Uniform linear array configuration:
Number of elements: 64
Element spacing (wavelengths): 0.75
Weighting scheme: cosine
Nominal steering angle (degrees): -60
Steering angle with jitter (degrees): -59.359
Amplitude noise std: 0.05
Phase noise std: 0.05

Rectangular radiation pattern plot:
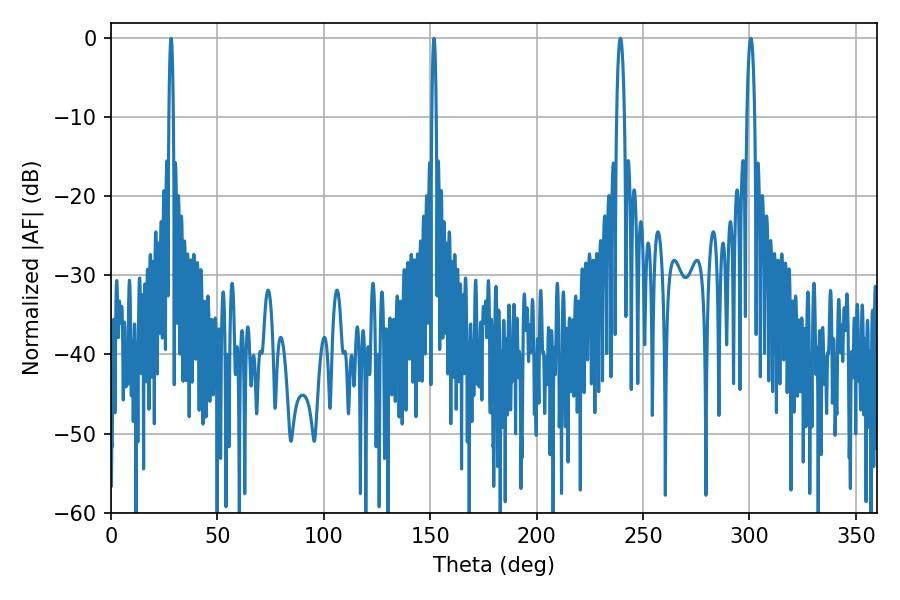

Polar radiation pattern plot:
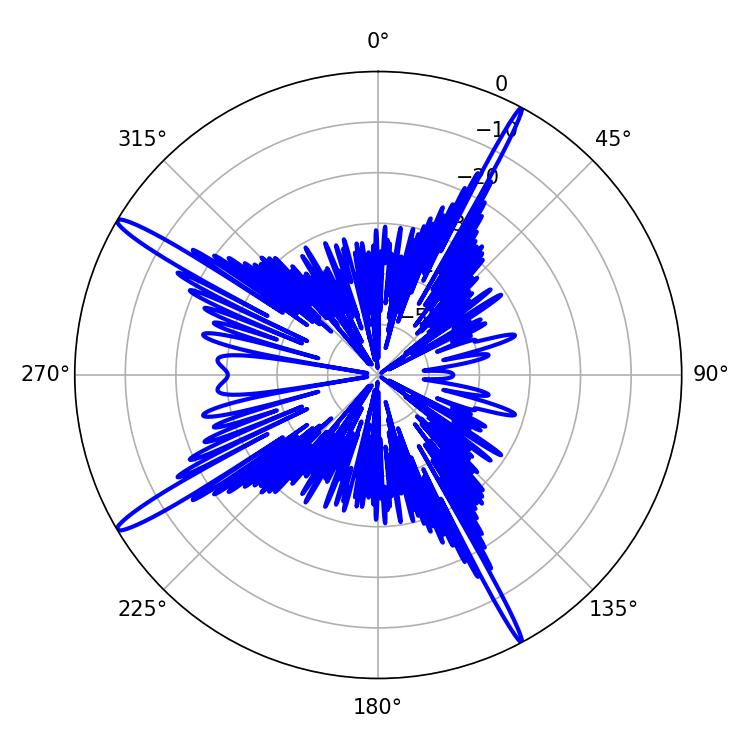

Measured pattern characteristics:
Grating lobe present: TRUE
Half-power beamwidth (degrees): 1.98
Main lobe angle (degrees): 300.6